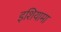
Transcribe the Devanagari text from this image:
इशियामा